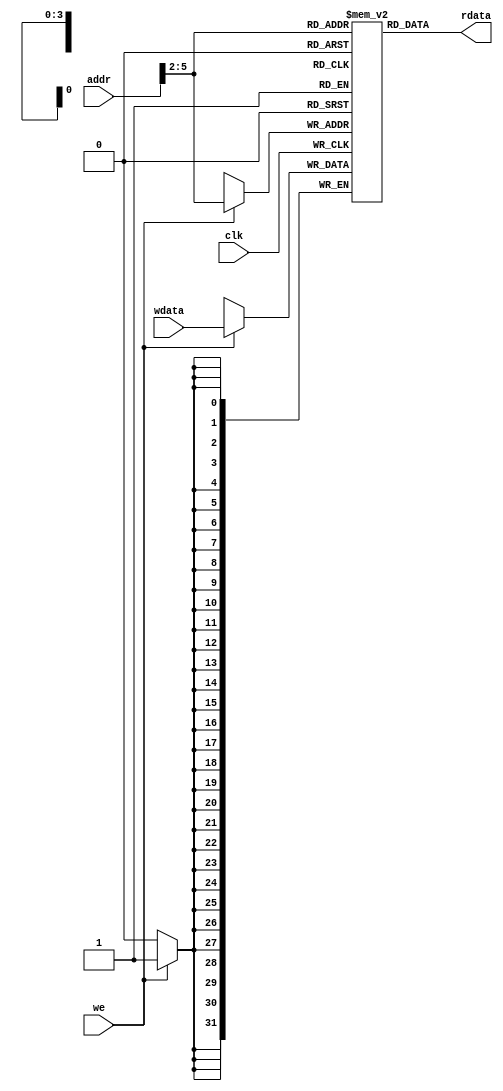
module dmem (
    input           clk,
    input  [ 5 : 0] addr,  // byte address
    input           we,    // write-enable
    input  [31 : 0] wdata, // write data
    output [31 : 0] rdata  // read data
);

    reg [31 : 0] RAM [15 : 0]/* verilator public */;

    integer idx;

    initial begin
        for (idx = 0; idx < 16; idx = idx+1) RAM[idx] = 32'h0;
    end

    // Read operation
    assign rdata = RAM[addr[5:2]];

    // Write operation
    always @(posedge clk) begin
        if (we) RAM[addr[5:2]] <= wdata;
    end

endmodule